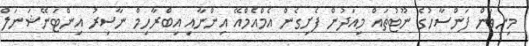
މިނިވަން ފަންސާހުގެ ނޫޓުތައް މިއަދުން ފެށިގެން އެމްއެމްއޭ އިންނާއި އިބްރާހިމް ނާސިރު އިންޓަނޭޝަނަލް